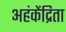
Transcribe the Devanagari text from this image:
अहंकेंद्रिता